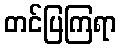
တင်ပြကြရာ